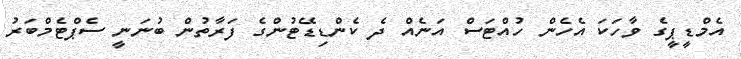
އެމްޑީޕީގެ ވާހަކަ އެހެން ހުއްޓަސް އަނެއް ދެ ކެންޑިޑޭޓުންގެ ފަރާތުން ބުނަނީ ސެޕްޓެމްބަރު